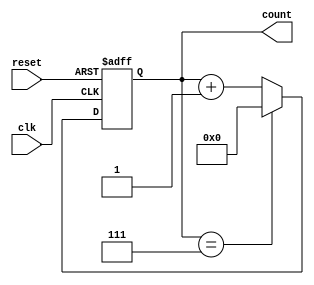
module Modulus_Counter (
  input wire clk,
  input wire reset,
  output reg [3:0] count
);

reg [3:0] max_value = 7; // Modulus value
reg [3:0] next_count;

always @ (posedge clk or posedge reset) begin
  if (reset) begin
    count <= 0;
  end else begin
    if (count == max_value) begin
      count <= 0;
    end else begin
      count <= count + 1;
    end
  end
end

endmodule